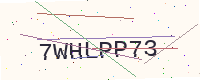
Text: 7WHLPP73